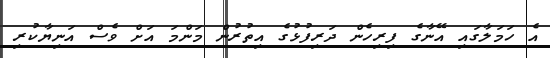
އެ ހަމަލާގައި އޭނާގެ ފިރިހެން ދަރިފުޅުގެ އިތުރުން މަންމަ އަށް ވެސް އަނިޔާކުރި